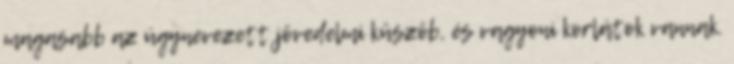
magasabb az úgynevezett jövedelmi küszöb, és vagyoni korlátok vannak.